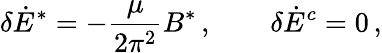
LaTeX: \delta\dot{E}^{*}=-\frac{\mu}{2\pi^{2}}B^{*}\, ,\qquad\delta\dot{E}^{c}=0\, ,